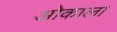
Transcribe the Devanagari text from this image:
ओकाला